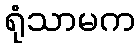
ရုံသာမက